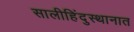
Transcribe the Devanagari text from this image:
सालीहिंदुस्थानात